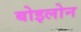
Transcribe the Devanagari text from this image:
बोइलोन